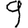
Digit: 9